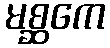
မစ္ဆကေ